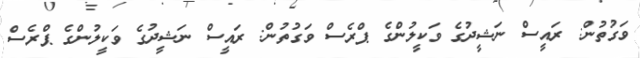
ވަގުތުން: ރައީސް ނަޝީދުގެ ވަކީލުންގެ ޕްރެސް ވަގުތުން: ރައީސް ނަޝީދުގެ ވަކީލުންގެ ޕްރެސް